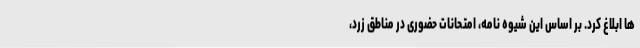
ها ابلاغ کرد. بر اساس این شیوه نامه، امتحانات حضوری در مناطق زرد،